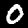
Digit: 0